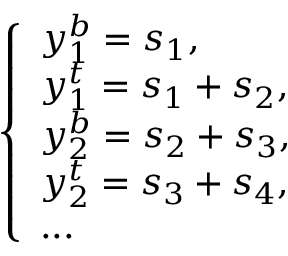
\left\{ \begin{array} { l l } { y _ { 1 } ^ { b } = s _ { 1 } , } \\ { y _ { 1 } ^ { t } = s _ { 1 } + s _ { 2 } , } \\ { y _ { 2 } ^ { b } = s _ { 2 } + s _ { 3 } , } \\ { y _ { 2 } ^ { t } = s _ { 3 } + s _ { 4 } , } \\ { . . . } \end{array} \right.